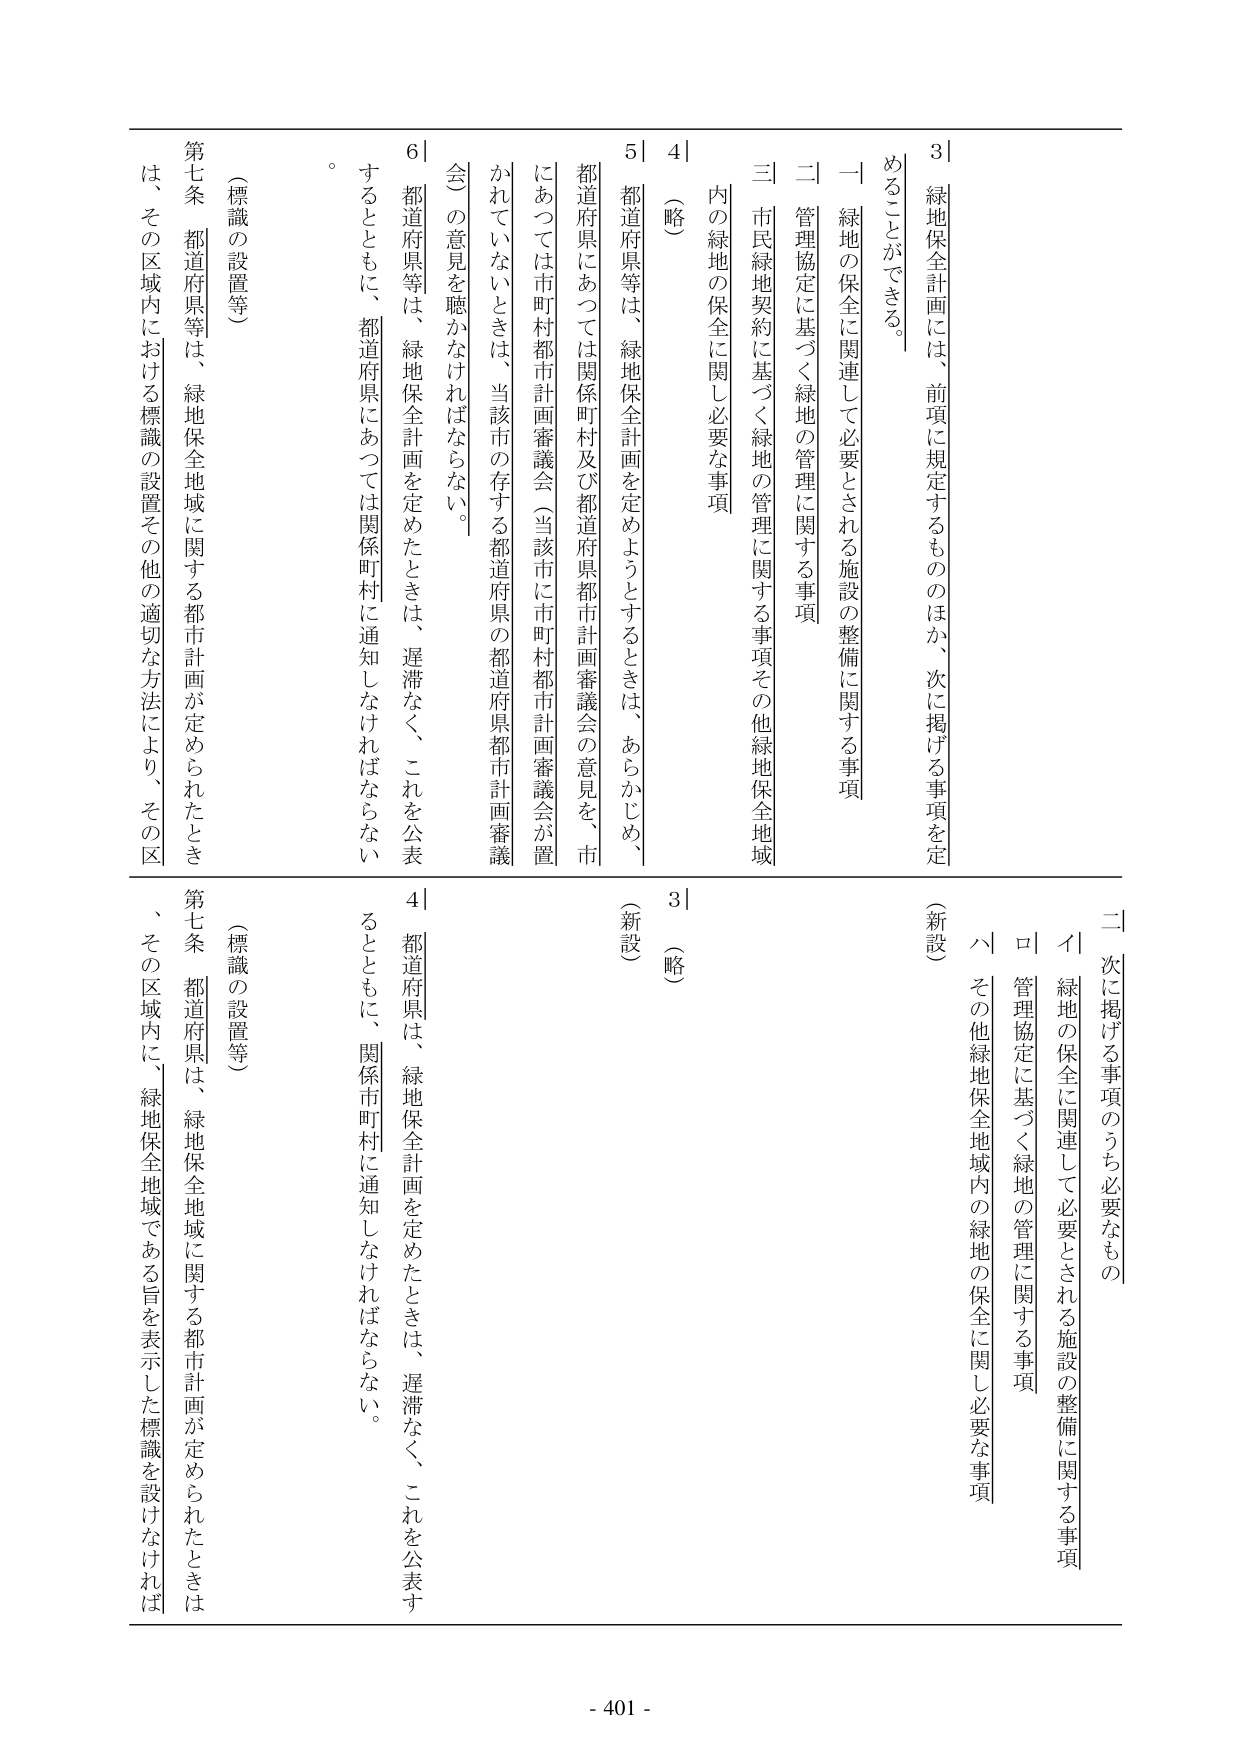
3| 緑地保全計画には、前項に規定するもののほか、次に掲げる事項を定めることがある。
一 緑地の保全に関連して必要とされる施設の整備に関する事項
二 管理協定に基づく緑地の管理に関する事項
三 市民緑地契約に基づく緑地の管理に関する事項その他緑地保全地域内の緑地の保全に関し必要な事項
4| （略）
5| 都道府県等は、緑地保全計画を定めようとするときは、あらかじめ、都道府県にあっては関係町村及び都道府県都市計画審議会の意見を、市にあっては市町村都市計画審議会（当該市に市町村都市計画審議会が置かれていないときは、当該市の存する都道府県の都道府県都市計画審議会）の意見を聴かなければならない。
6| 都道府県等は、緑地保全計画を定めたときは、遅滞なく、これを公表するとともに、都道府県にあっては関係町村に通知しなければならない。
（標識の設置等）
第七条 都道府県等は、緑地保全地域に関する都市計画が定められたときは、その区域内における標識の設置その他適切な方法により、その区

二 次に掲げる事項のうち必要なもの
イ 緑地の保全に関連して必要とされる施設の整備に関する事項
ロ 管理協定に基づく緑地の管理に関する事項
ハ その他緑地保全地域内の緑地の保全に関し必要な事項
（新設）
3| （略）
（新設）
4| 都道府県は、緑地保全計画を定めたときは、遅滞なく、これを公表するとともに、関係市町村に通知しなければならない。
（標識の設置等）
第七条 都道府県は、緑地保全地域に関する都市計画が定められたときは、その区域内に、緑地保全地域である旨を表示した標識を設けなければ

- 401 -